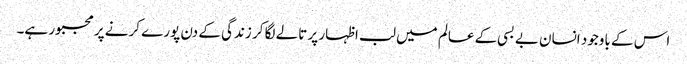
اس کے باوجود انسان بے بسی کے عالم میں لب اظہار پر تالے لگا کر زندگی کے دن پورے کرنے پر مجبور ہے۔